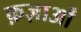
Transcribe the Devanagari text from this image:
क़ज़ाओं